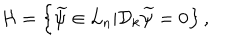
{ \cal H } = \left\{ \widetilde \psi \in { \cal L } _ { n } | { \cal D } _ { k } \widetilde \psi = 0 \right\} ,